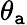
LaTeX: \theta_{\mathtt{a}}